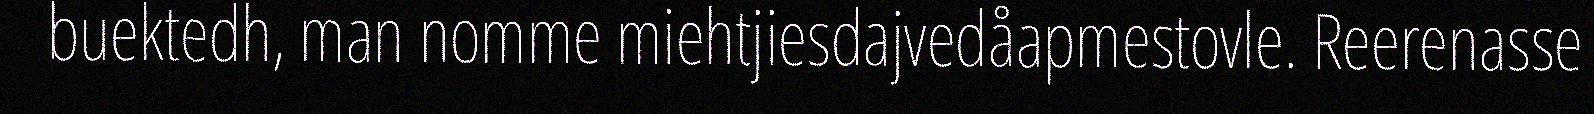
buektedh, man nomme miehtjiesdajvedåapmestovle. Reerenasse